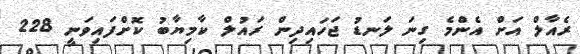
ރެއާލް އަށް އެންމެ ގިނަ ލަނޑު ޖަހައިދިން ރައުލް ކާމިޔާބު ކޮށްފައިވަނީ 228